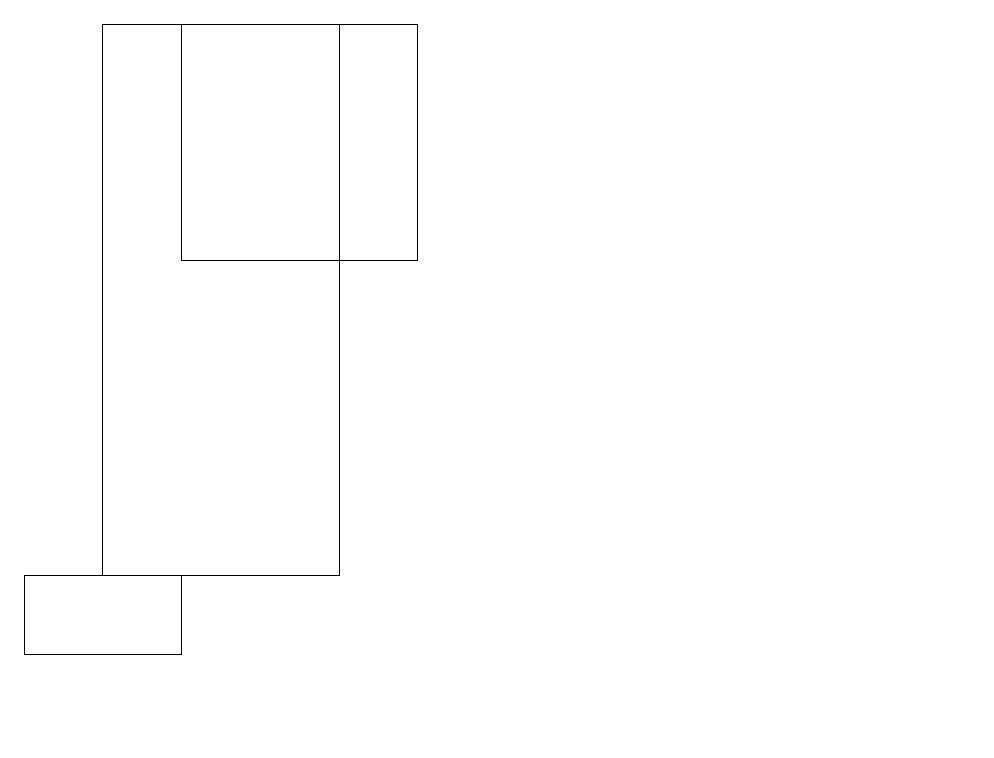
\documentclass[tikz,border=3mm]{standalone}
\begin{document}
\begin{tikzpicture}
\draw (4,19) rectangle (1,12);
\draw (2,12) rectangle (0,11);
\draw (10,11) circle (0);
\draw (12,10) circle (0);
\draw (2,16) rectangle (5,19);
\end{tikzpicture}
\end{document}